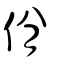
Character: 佾